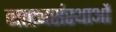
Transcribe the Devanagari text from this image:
नाट्यसंस्थाओं